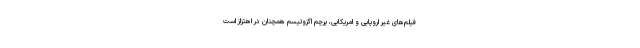
فیلم‌های غیر اروپایی و امریکایی، پرچم اگزوتیسم همچنان در اهتزاز است